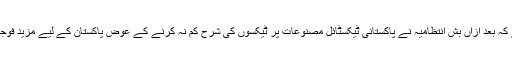
'بوسٹن گلوب' نے لکھا ہے کہ بعد ازاں بش انتظامیہ نے پاکستانی ٹیکسٹائل مصنوعات پر ٹیکسوں کی شرح کم نہ کرنے کے عوض پاکستان کے لیے مزید فوجی امداد کا اعلان کردیا تھا۔